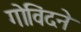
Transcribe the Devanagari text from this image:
गोविंदने